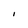
Character: I